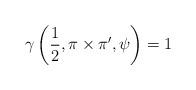
LaTeX: \begin{align*}\gamma\left(\frac{1}{2},\pi\times\pi',\psi\right)=1\end{align*}